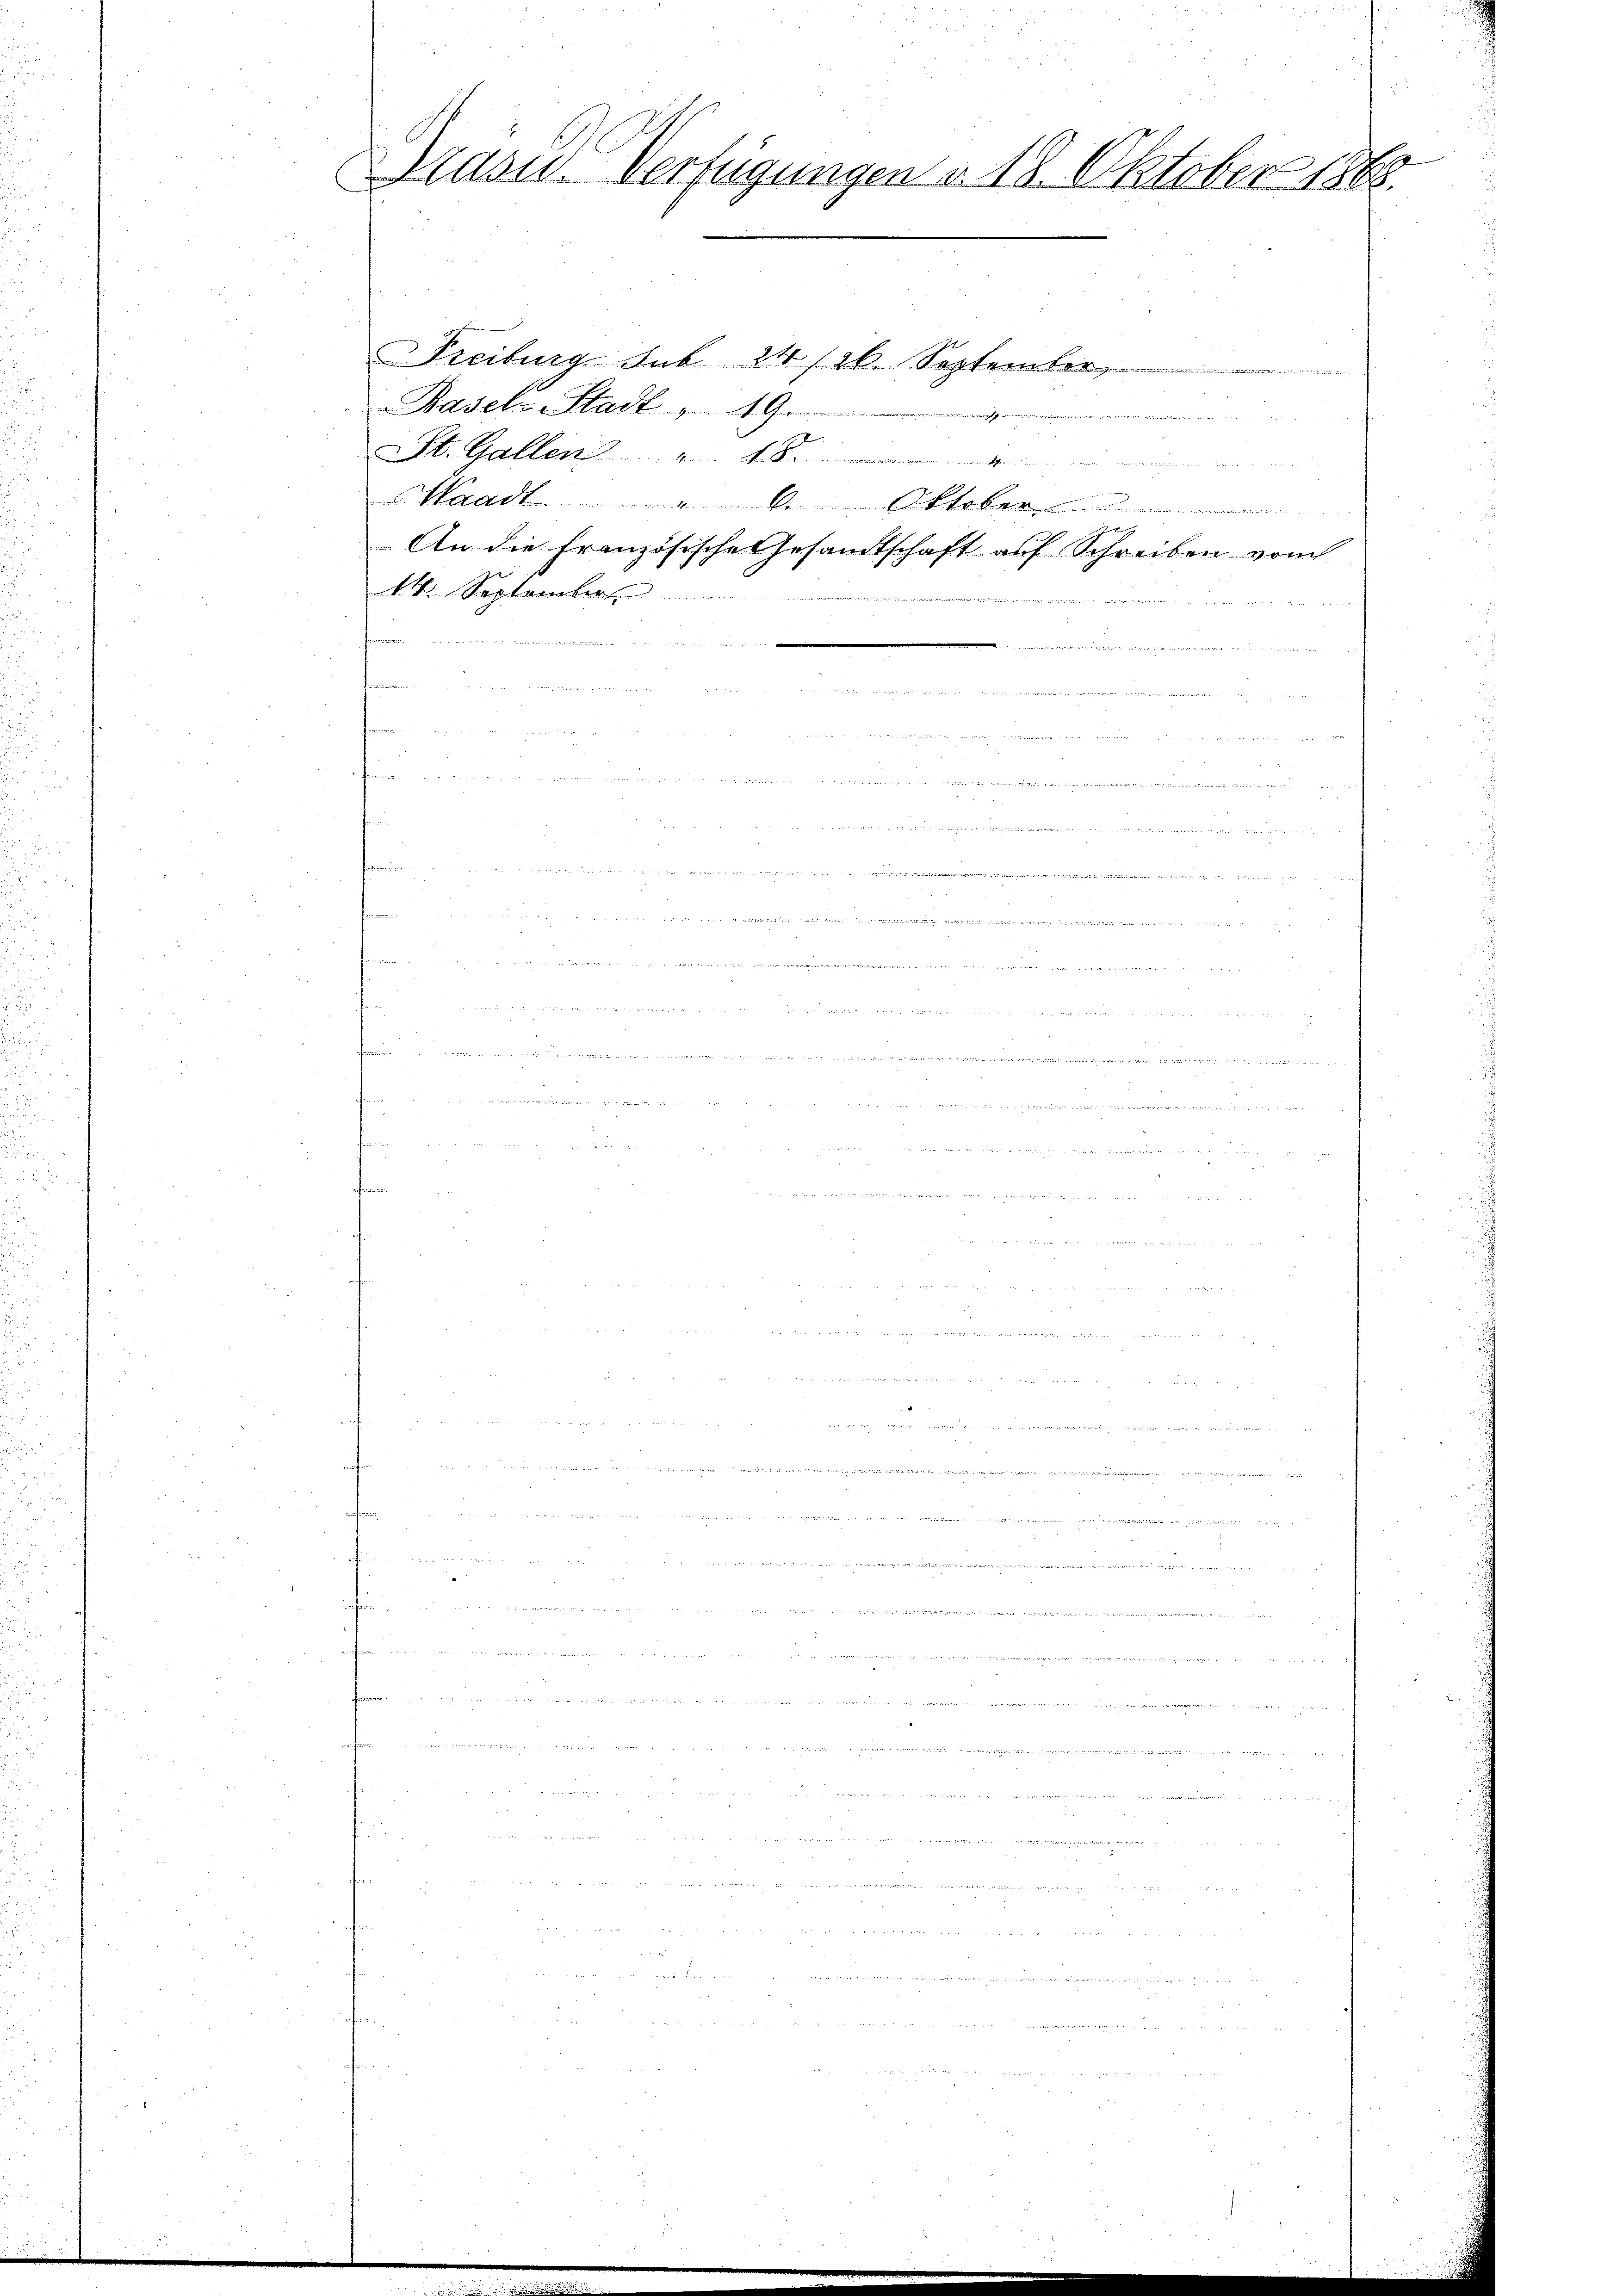
Dräsid. Verfügungen v. 18. Oktober 1888.

Freiburg sub 24 /26. September
Basel-Stadt u. 19.
.
St. Gallen

ad. 6. Oktober
2
An die Französische Gesandtschaft auf Schreiben von
d
1. September

r
 e s s
e

  der den